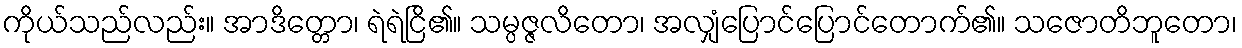
ကိုယ်သည်လည်း။ အာဒိတ္တော၊ ရဲရဲငြိ၏။ သမ္ပဇ္ဇလိတော၊ အလျှံပြောင်ပြောင်တောက်၏။ သဇောတိဘူတော၊